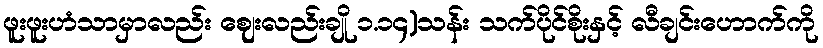
ဖူးဖူးဟံသာမှာလည်း ဈေးလည်းချို ၁.၁၄)သန်း သက်ပိုင်စိုးနှင့် လီချင်းဟောက်ကို